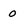
Character: 0